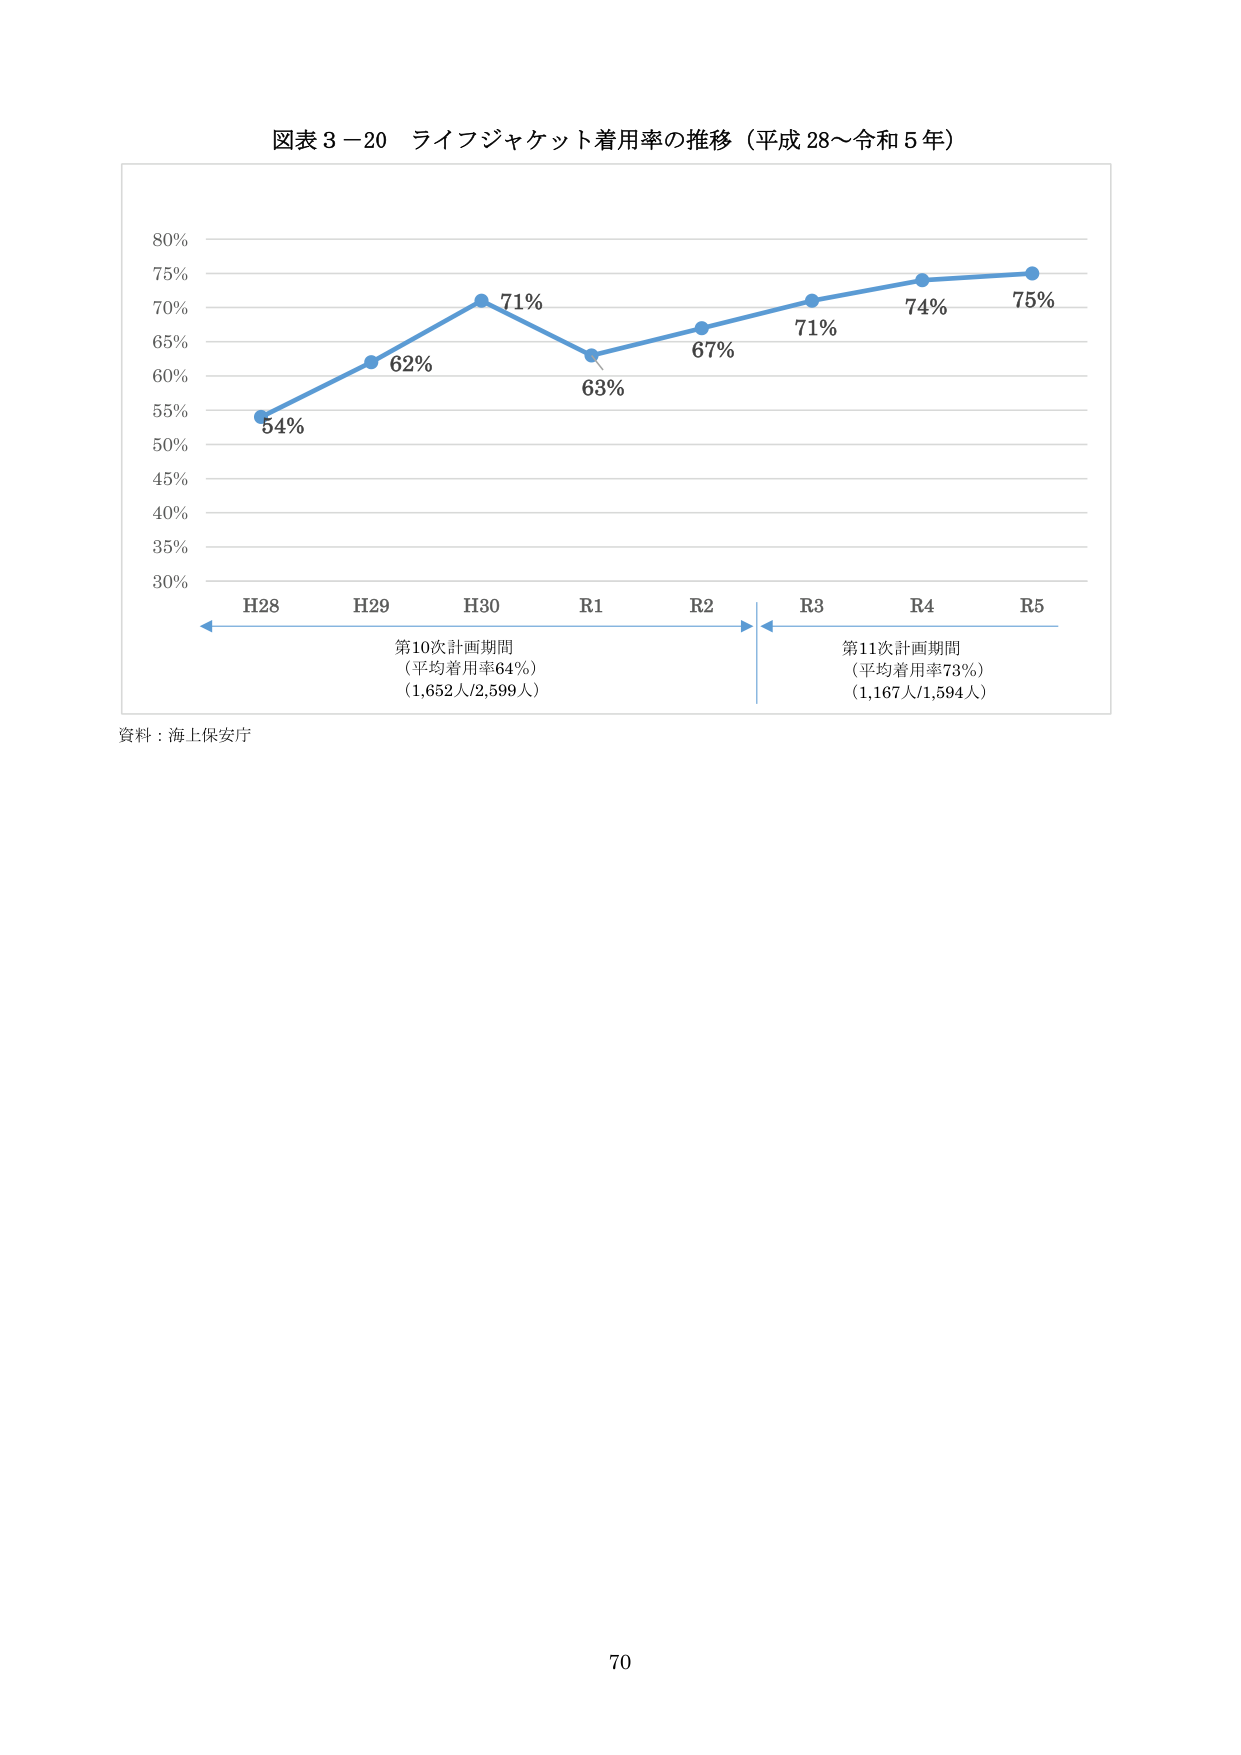
図表３－20 ライフジャケット着用率の推移（平成28～令和5年）

80%
75%
70%
65%
60%
55%
50%
45%
40%
35%
30%

H28 54%
H29 62%
H30 71%
R1 63%
R2 67%
R3 71%
R4 74%
R5 75%

第10次計画期間
（平均着用率64%）
（1,652人/2,599人）

第11次計画期間
（平均着用率73%）
（1,167人/1,594人）

資料：海上保安庁

70